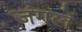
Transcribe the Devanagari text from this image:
जंगलें